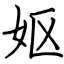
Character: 妪